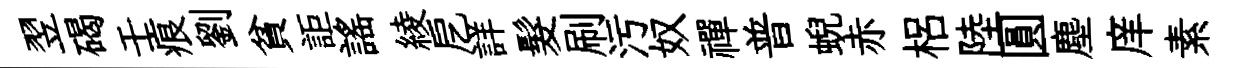
翌碣壬痕劉貧詎謡綾戹詳髮刷污奴禪普蜺赤梠陸圓塵庠素